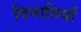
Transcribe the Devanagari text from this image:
विनातियों